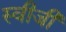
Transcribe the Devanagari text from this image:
स्वीजी